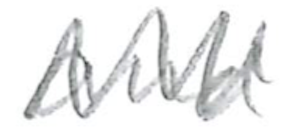
Text: and
Cross-out: mix
Writing tool: pencil